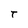
Character: t